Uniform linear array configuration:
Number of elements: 64
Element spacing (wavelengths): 0.25
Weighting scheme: blackman
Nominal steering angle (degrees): -60
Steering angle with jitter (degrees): -58.527
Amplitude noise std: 0.05
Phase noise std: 0.05

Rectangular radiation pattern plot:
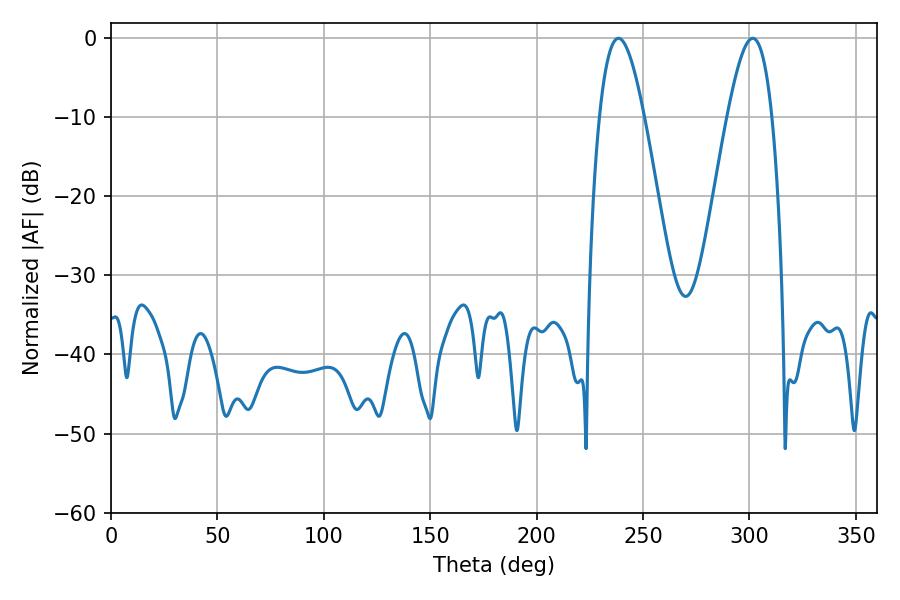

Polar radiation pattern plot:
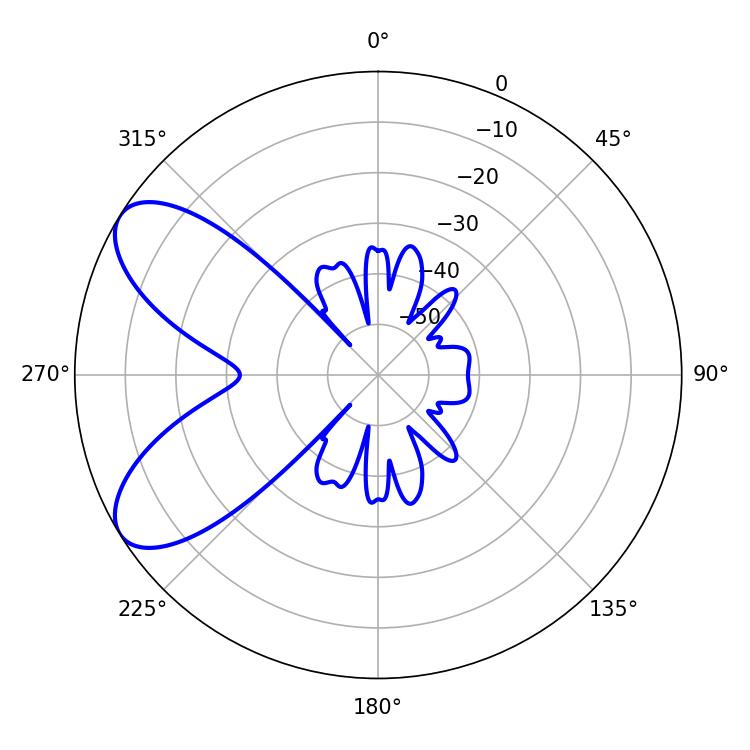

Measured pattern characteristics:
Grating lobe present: FALSE
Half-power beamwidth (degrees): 11.34
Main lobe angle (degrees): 238.5